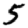
Digit: 5